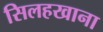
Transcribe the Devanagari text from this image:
सिलहखाना